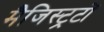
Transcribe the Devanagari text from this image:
मैजिस्ट्रटों